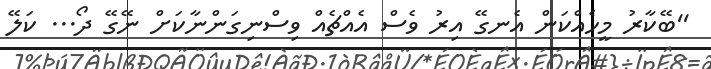
''ބޭކާރު މީހެއްކަން އެނގޭ އިރު ވެސް އެއްޗެއް ވިސްނިގަންނާކަށް ނޭގޭ ދޯ... ކަލޭ